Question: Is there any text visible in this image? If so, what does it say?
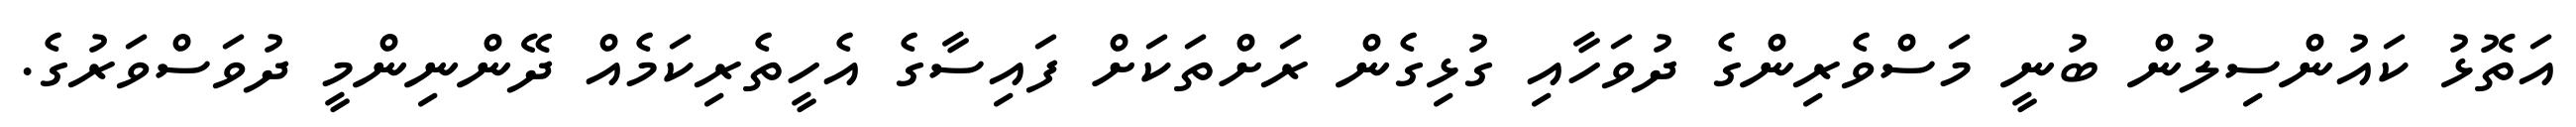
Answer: އަތޮޅު ކައުންސިލުން ބުނީ މަސްވެރިންގެ ދުވަހާއި ގުޅިގެން ރަށްތަކަށް ފައިސާގެ އެހީތެރިކަމެއް ދޭންނިންމީ ދުވަސްވަރުގެ.